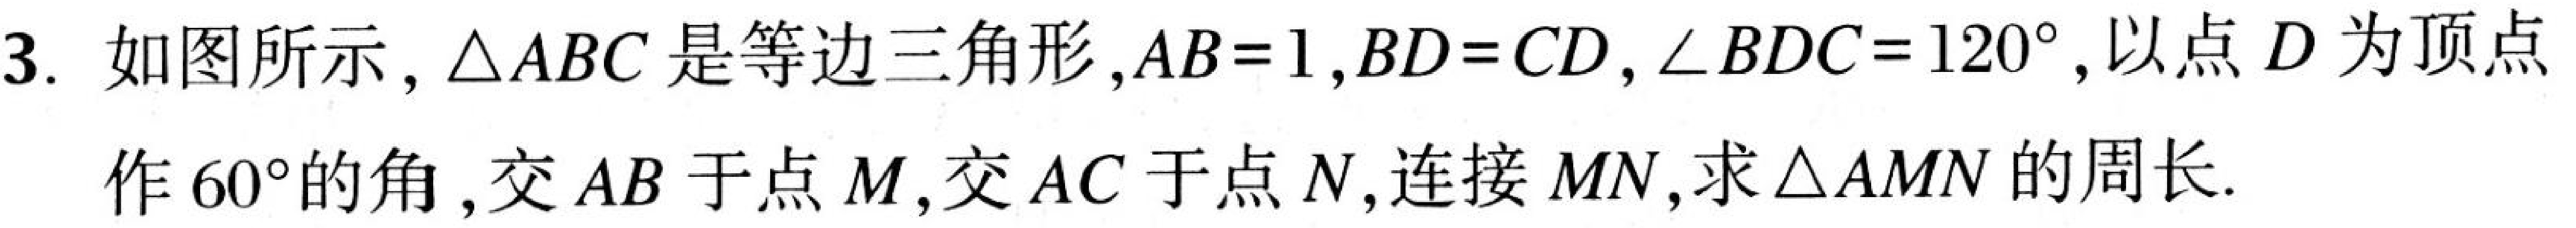
3. 如图所示，$\triangle ABC$是等边三角形，$AB = 1$，$BD = CD$，$\angle BDC = 120^{\circ}$，以点$D$为顶点作$60^{\circ}$的角，交$AB$于点$M$，交$AC$于点$N$，连接$MN$，求$\triangle AMN$的周长.